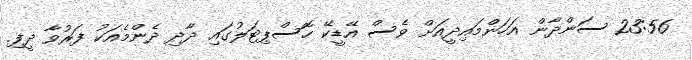
23:56 ސަންދާން އަހަންމައިދީއަށް ވެސް އޭޑީކޭ ހޮސްޕިޓަލުގައި ދާދި ދެންމެއަކު ފަރުވާ ދީފި.